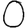
Digit: 0